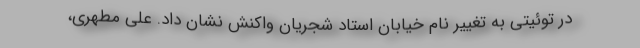
در توئیتی به تغییر نام خیابان استاد شجریان واکنش نشان داد. علی مطهری،